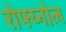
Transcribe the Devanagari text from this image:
रोफ्य्नोल